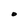
Character: O